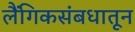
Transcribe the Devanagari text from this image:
लैंगिकसंबधातून